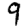
Digit: 9